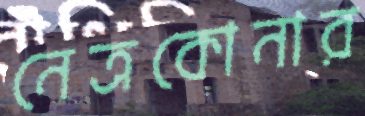
নেত্রকোনার